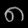
Digit: ၈